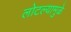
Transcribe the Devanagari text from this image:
लोटल्यामुळे